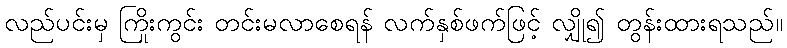
လည်ပင်းမှ ကြိုးကွင်း တင်းမလာစေရန် လက်နှစ်ဖက်ဖြင့် လျှို၍ တွန်းထားရသည်။